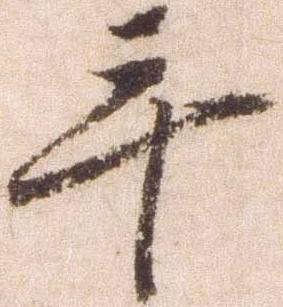
手